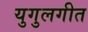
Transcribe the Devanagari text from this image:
युगुलगीत